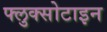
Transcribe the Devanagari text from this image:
फ्लुक्सोटाइन